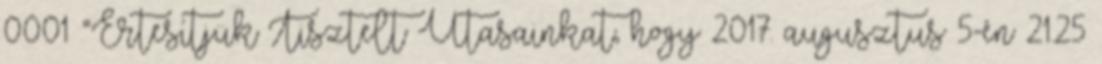
0001 “Értesítjük Tisztelt Utasainkat, hogy 2017. augusztus 5-én 21.25